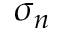
\sigma _ { n }